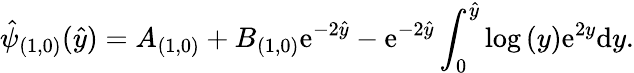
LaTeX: \hat{\psi}_{(1,0)}(\hat{y})=A_{(1,0)}+B_{(1,0)}\mathrm{e}^{-2\hat{y}}-\mathrm{e}^{-2\hat{y}}\int_{0}^{\hat{y}}\log{(y)}\mathrm{e}^{2y}\mathrm{d}y.